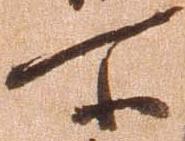
所